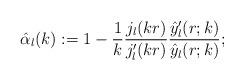
LaTeX: \begin{align*}\hat{\alpha}_l(k):=1-\frac{1}{k}\frac{j_l(k r)}{{j}'_l(k r)}\frac{{\hat{y}}'_l(r;k)}{\hat{y}_l(r;k)};\end{align*}